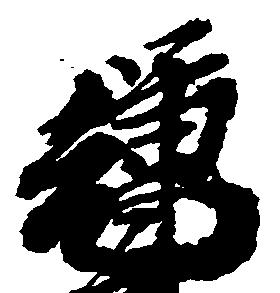
輝